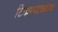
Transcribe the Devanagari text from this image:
टिकण्याच्याच